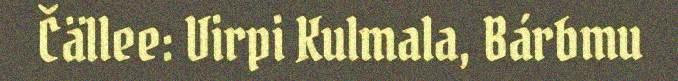
Čällee: Virpi Kulmala, Bárbmu